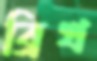
ব্রিখ